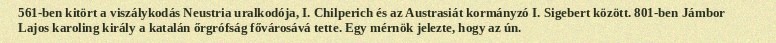
561-ben kitört a viszálykodás Neustria uralkodója, I. Chilperich és az Austrasiát kormányzó I. Sigebert között. 801-ben Jámbor Lajos karoling király a katalán őrgrófság fővárosává tette. Egy mérnök jelezte, hogy az ún.